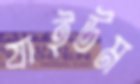
যাইউম